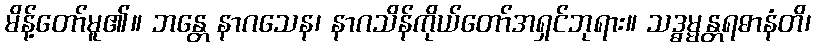
မိန့်တော်မူ၏။ ဘန္တေ နာဂသေန၊ နာဂသိန်ကိုယ်တော်အရှင်ဘုရား။ သဒ္ဓမ္မန္တရဓာနံတိ၊